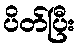
ပိတ်ပြီး